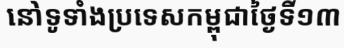
នៅទូទាំងប្រទេសកម្ពុជាថ្ងៃទី១៣